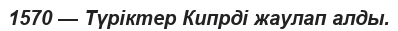
1570 — Түріктер Кипрді жаулап алды.